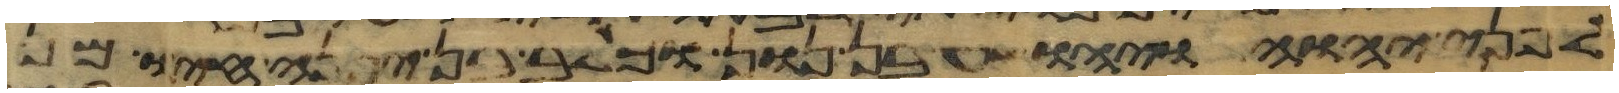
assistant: לפני יהוה ויהושע בן נון וכלב בן יפנה חיו מן